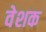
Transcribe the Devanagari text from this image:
वेशक